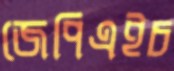
জেপিএইচ